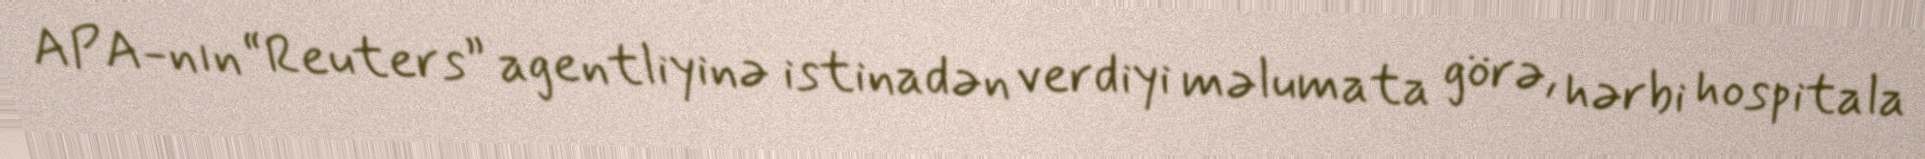
APA-nın “Reuters” agentliyinə istinadən verdiyi məlumata görə, hərbi hospitala